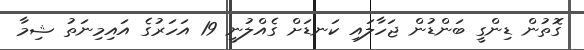
ގޮތުން ޑިންގީ ބަންޑުން ޖަހާލައި ކަނޑަށް ގެއްލުނީ 19 އަހަރުގެ އައިމިނަތު ޝިމާ